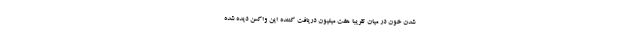
شدن خون در میان تقریبا هفت میلیون دریافت کننده این واکسن دیده شده